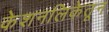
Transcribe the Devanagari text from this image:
केशनलिकेतून